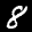
Label: 8